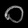
Digit: ၀